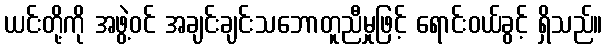
ယင်းတို့ကို အဖွဲ့ဝင် အချင်းချင်းသဘောတူညီမှုဖြင့် ရောင်းဝယ်ခွင့် ရှိသည်။